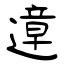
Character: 遧